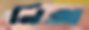
নিক্স